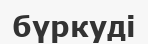
бүркуді